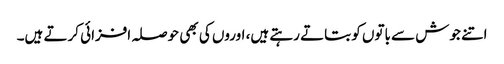
اتنے جوش سے باتوں کو بتاتے رہتے ہیں، اوروں کی بھی حوصلہ افزائی کرتے ہیں۔